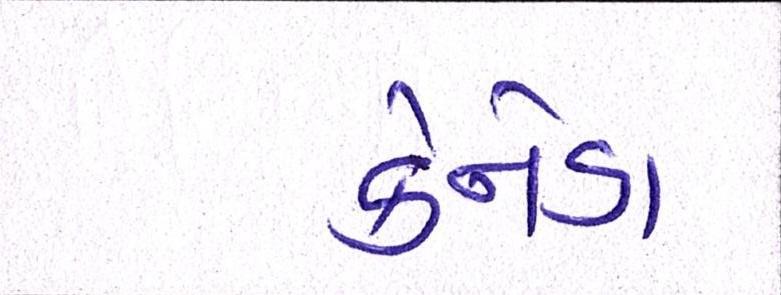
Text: કેનેડા